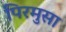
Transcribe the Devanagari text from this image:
पिरमुसा